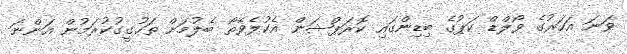
ވަނަ އަހަރުގެ ވޯލްޑް ކަޕުގެ ބިޑިންގައި ކޮރަޕްޝަން އެކުލެވޭތޯ ބެލުމަށް ތަހުގީގުކުރަމުން އަންނަ